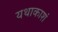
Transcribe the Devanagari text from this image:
यथाकाशं